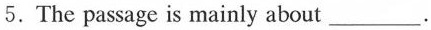
5.The passage is mainly about ___.